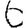
Digit: 6